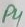
Text: P4